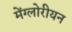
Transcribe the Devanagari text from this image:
मेंग्लोरीयन